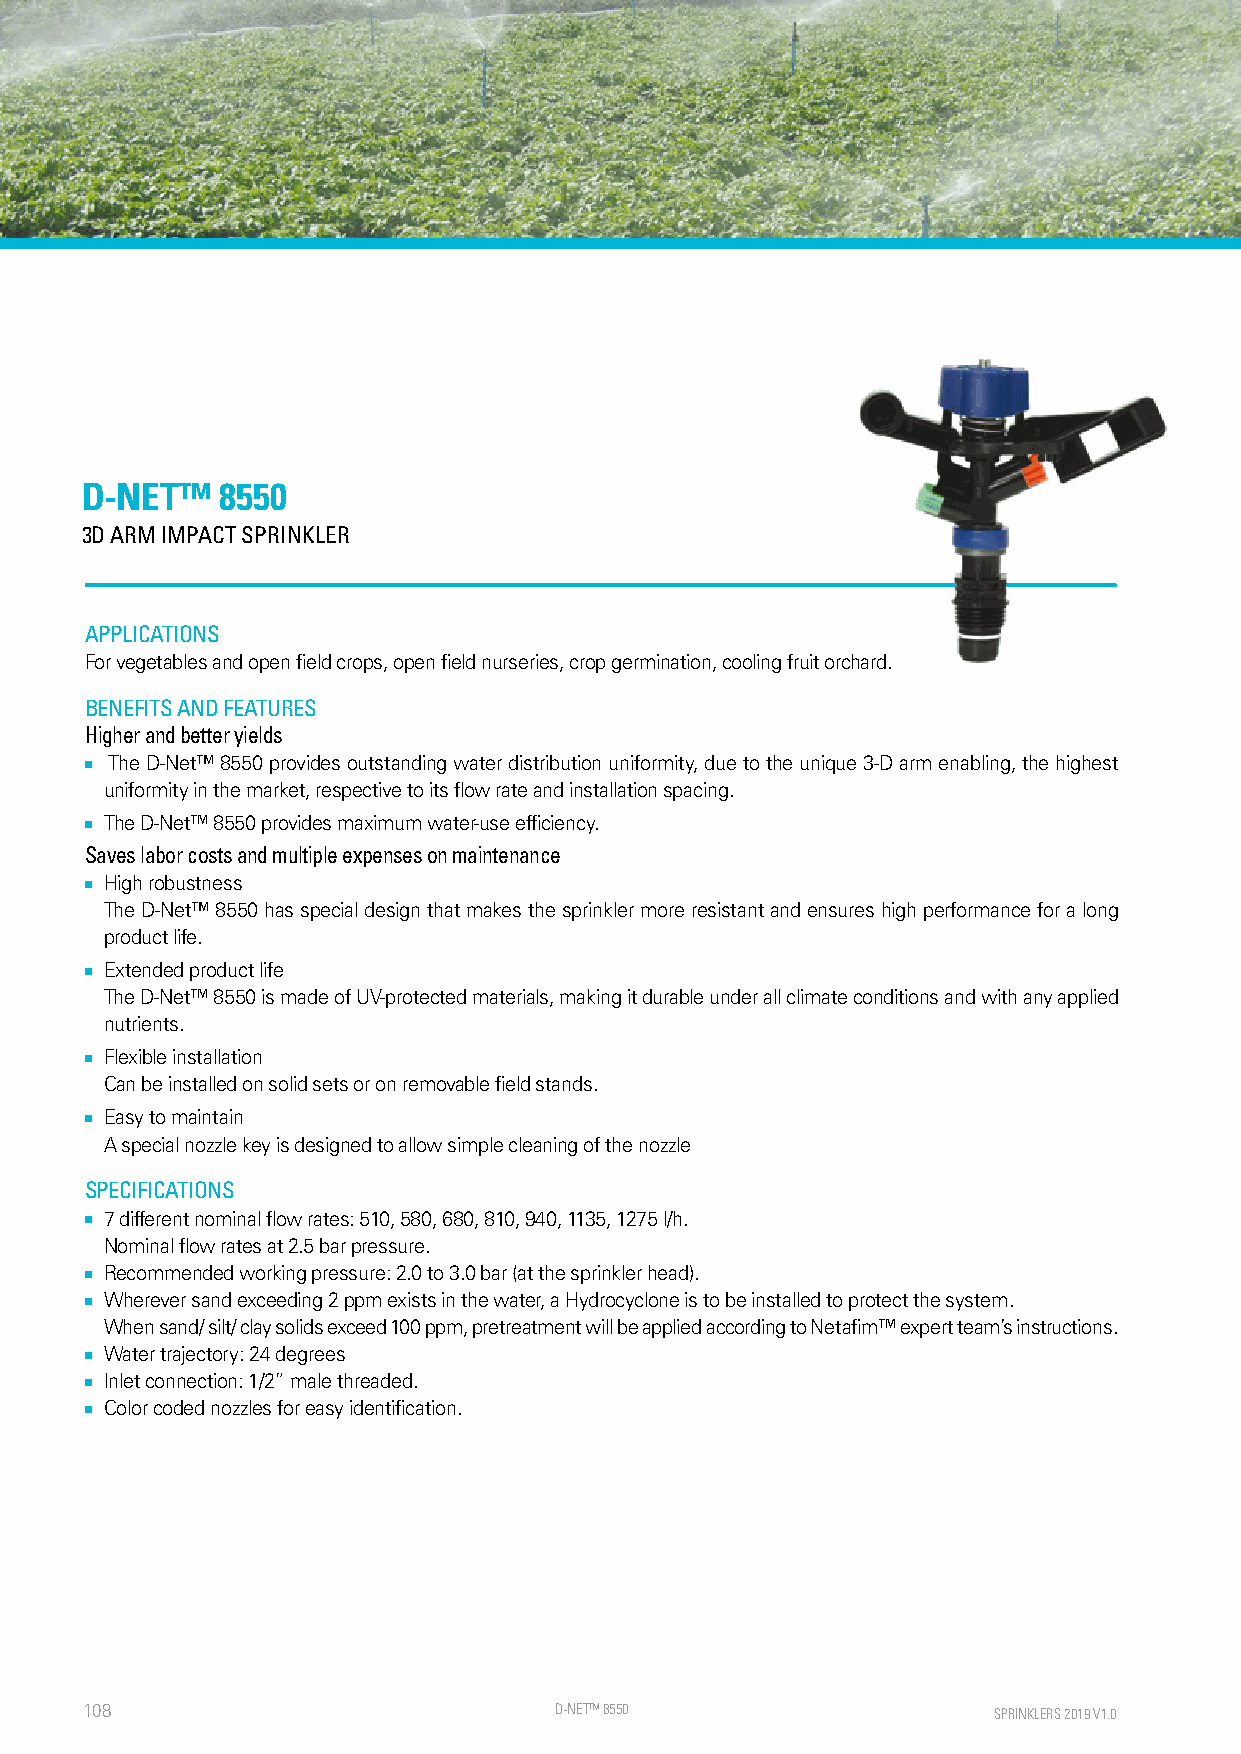
D-NET™    8550
 3D ARM IMPACT SPRINKLER
 APPLICATIONS
 For vegetables and open field crops, open field nurseries, crop germination, cooling fruit orchard.
 BENEFITS AND FEATURES
 Higher and better yields
 ■ The D-Net™ 8550 provides outstanding water distribution uniformity, due to the unique 3-D arm enabling, the highest
 uniformity in the market, respective to its flow rate and installation spacing.
 ■ The D-Net™ 8550 provides maximum water-use efficiency.
 Saves labor costs and multiple expenses on maintenance
 ■ High robustness
 The D-Net™ 8550 has special design that makes the sprinkler more resistant and ensures high performance for a long
 product life.
 ■ Extended product life
 The D-Net™ 8550 is made of UV-protected materials, making it durable under all climate conditions and with any applied
 nutrients.
 ■ Flexible installation
 Can be installed on solid sets or on removable field stands.
 ■ Easy to maintain
 A special nozzle key is designed to allow simple cleaning of the nozzle
 SPECIFICATIONS
 ■ 7 different nominal flow rates: 510, 580, 680, 810, 940, 1135, 1275 l/h.
 Nominal flow rates at 2.5 bar pressure.
 ■ Recommended working pressure: 2.0 to 3.0 bar (at the sprinkler head).
 ■ Wherever sand exceeding 2 ppm exists in the water, a Hydrocyclone is to be installed to protect the system.
 When sand/ silt/ clay solids exceed 100 ppm, pretreatment will be applied according to Netafim™ expert team’s instructions.
 ■ Water trajectory: 24 degrees
 ■ Inlet connection: 1/2” male threaded.
 ■ Color coded nozzles for easy identification.
 108                             D-NET™ 8550                  SPRINKLERS 2019 V1.0